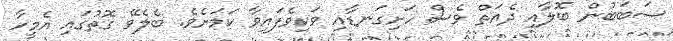
ސަބަބުން ބޮލާއި ދެއަތް ވެސް ހަށިގަނޑާއި ވަކިވެފައިވާ ކަމަށެވެ. ބެލެވޭ ގޮތުގައި އެމީހާ